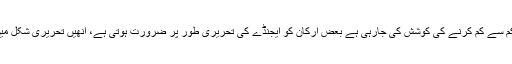
اس حوالے سے اسمبلی سیکرٹریٹ کا موقف ہے کہ کاغذ کے استعمال کو کم سے کم کرنے کی کوشش کی جارہی ہے بعض ارکان کو ایجنڈے کی تحریری طور پر ضرورت ہوتی ہے، انھیں تحریری شکل میں دیا جاتا ہے جبکہ دیگر کارروائی میں بھی کاغذ کی ضرورت پڑتی ہے۔